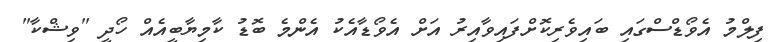
ފިލްމު އެވޯޑްސްގައި ބައިވެރިކޮށްފައިވާއިރު އަށް އެވޯޑާއެކު އެންމެ ބޮޑު ކާމިޔާބީއެއް ހޯދީ "ވިޝްކާ"